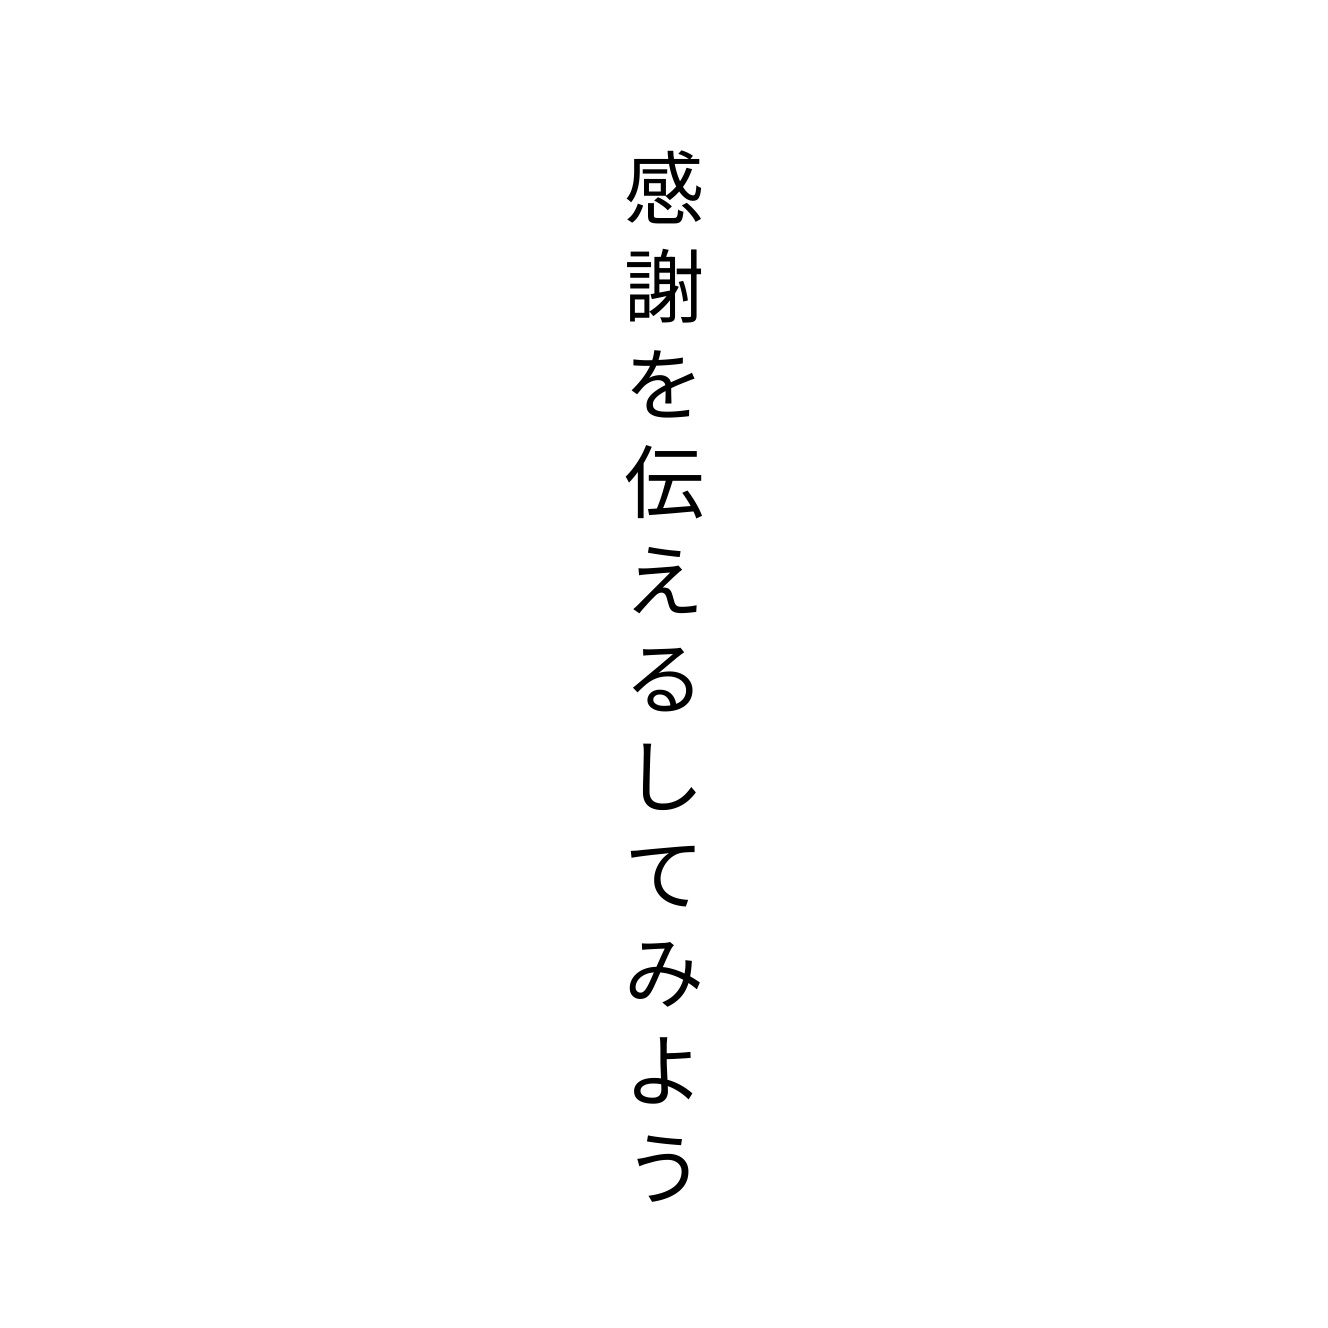
感謝を伝えるしてみよう